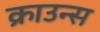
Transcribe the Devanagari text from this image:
क्राउन्स